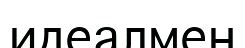
идеалмен